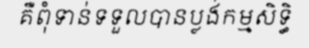
គឺពុំទាន់ទទួលបានប្លង់កម្មសិទ្ធិ